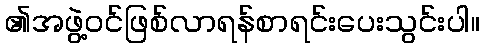
၏အဖွဲ့ဝင်ဖြစ်လာရန်စာရင်းပေးသွင်းပါ။